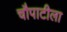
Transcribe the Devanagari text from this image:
चौपाटीला